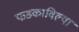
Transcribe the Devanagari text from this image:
फडकाविल्या